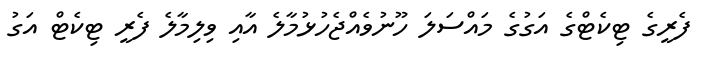
ފެރީގެ ޓިކެޓްގެ އަގުގެ މައްސަލަ ހޫނުވެއްޖެހުޅުމާލެ އާއި ވިލިމާލެ ފެރީ ޓިކެޓް އަގު